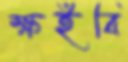
ক্ষইবি